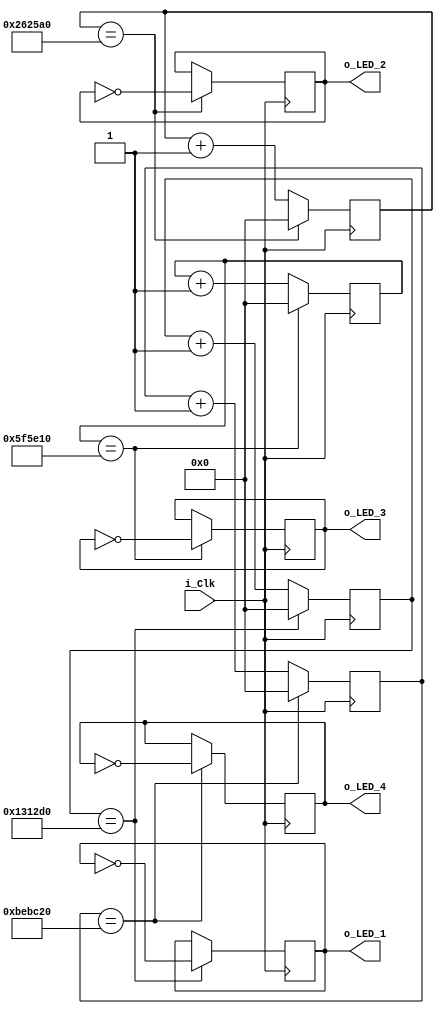
module LED_Blink
  #(parameter g_COUNT_10HZ = 1250000,
    parameter g_COUNT_5HZ = 2500000,
    parameter g_COUNT_2HZ = 6250000,
    parameter g_COUNT_1HZ = 12500000)
  (input  i_Clk,
   output reg o_LED_1 = 1'b0,
   output reg o_LED_2 = 1'b0,
   output reg o_LED_3 = 1'b0,
   output reg o_LED_4 = 1'b0);

  // These signals will be the counters:
  reg [31:0] r_Count_10Hz = 0;
  reg [31:0] r_Count_5Hz  = 0;
  reg [31:0] r_Count_2Hz  = 0;
  reg [31:0] r_Count_1Hz  = 0;
  
  // All processes toggle a specific signal at a different frequency.
  // They all run continuously
  
  always @(posedge i_Clk)
  begin
    if (r_Count_10Hz == g_COUNT_10HZ)
    begin
      o_LED_1      <= ~o_LED_1;
      r_Count_10Hz <= 0;
    end
    else
      r_Count_10Hz <= r_Count_10Hz + 1;
  end

  always @(posedge i_Clk)
  begin
    if (r_Count_5Hz == g_COUNT_5HZ)
    begin
      o_LED_2     <= ~o_LED_2;
      r_Count_5Hz <= 0;
    end
    else
      r_Count_5Hz <= r_Count_5Hz + 1;
  end

  always @(posedge i_Clk)
  begin
    if (r_Count_2Hz == g_COUNT_2HZ)
    begin
      o_LED_3     <= ~o_LED_3;
      r_Count_2Hz <= 0;
    end
    else
      r_Count_2Hz <= r_Count_2Hz + 1;
  end

  always @(posedge i_Clk)
  begin
    if (r_Count_1Hz == g_COUNT_1HZ)
    begin
      o_LED_4     <= ~o_LED_4;
      r_Count_1Hz <= 0;
    end
    else
      r_Count_1Hz <= r_Count_1Hz + 1;
  end

endmodule